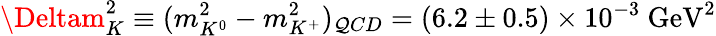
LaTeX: \Deltam_{K}^{2}\equiv(m_{K^{0}}^{2}-m_{K^{+}}^{2})_{\mathcal{Q}CD}=(6.2\pm0.5)\times10^{-3}~\mathrm{{GeV}}^{2}